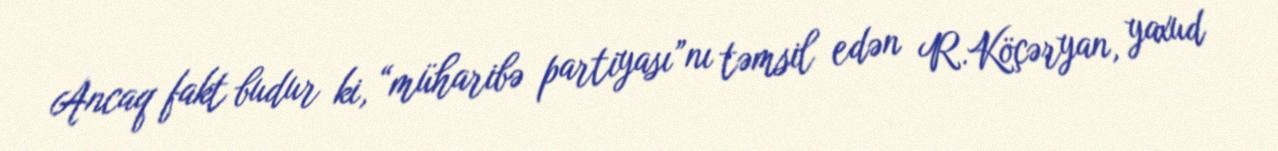
Ancaq fakt budur ki, “müharibə partiyası”nı təmsil edən R.Köçəryan, yaxud